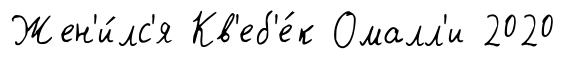
Жен'и́лс'я Кв'еб'е́к Омалл'и 2020